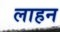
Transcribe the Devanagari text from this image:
लाहन